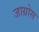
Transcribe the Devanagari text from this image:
जाग्रोस